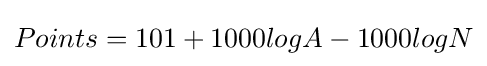
Points=101+1000logA-1000logN